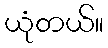
ယုံတယ်။